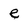
Character: e